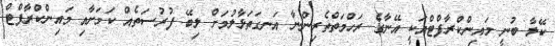
ކޭލާ ބުނީ މައިންކްރާފްޓްއަކީ އޭނާގެ ރަހްމަތްތެރިންނާ އަނގަތަޅާލުމަށް ލިބޭ ފުރުސަތެއް ކަމަށާއި މައިންކްރާފްޓް